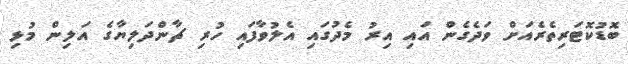
ބޮޑުކޮޓަރިތެރެއަށް ވަދެގެން އައި އިރު މެދުގައި އެލުވާފައި ހުރި ޗާންދަލިޔާގެ އަލިން މުޅި